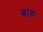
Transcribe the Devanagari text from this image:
बाडः